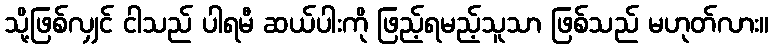
သို့ဖြစ်လျှင် ငါသည် ပါရမီ ဆယ်ပါးကို ဖြည့်ရမည့်သူသာ ဖြစ်သည် မဟုတ်လား။